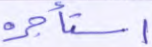
استأجره